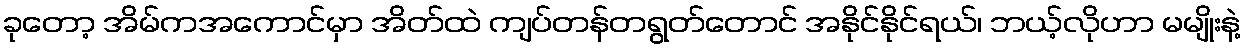
ခုတော့ အိမ်ကအကောင်မှာ အိတ်ထဲ ကျပ်တန်တရွတ်တောင် အနိုင်နိုင်ရယ်၊ ဘယ့်လိုဟာ မမျိုးနဲ့